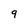
Character: 9